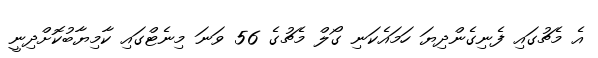
އެ މެޗުގައި ފެނިގެންދިޔަ ހަމައެކަނި ގޯލް މެޗުގެ 56 ވަނަ މިނެޓްގައި ކާމިޔާބުކޮށްދިނީ